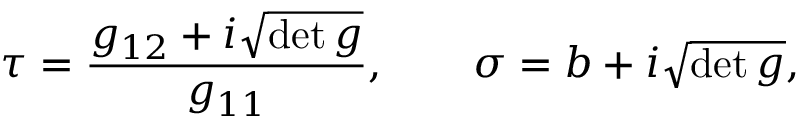
\tau = \frac { g _ { 1 2 } + i \sqrt { \operatorname * { d e t } g } } { g _ { 1 1 } } , \qquad \sigma = b + i \textstyle \sqrt { \operatorname * { d e t } g } ,